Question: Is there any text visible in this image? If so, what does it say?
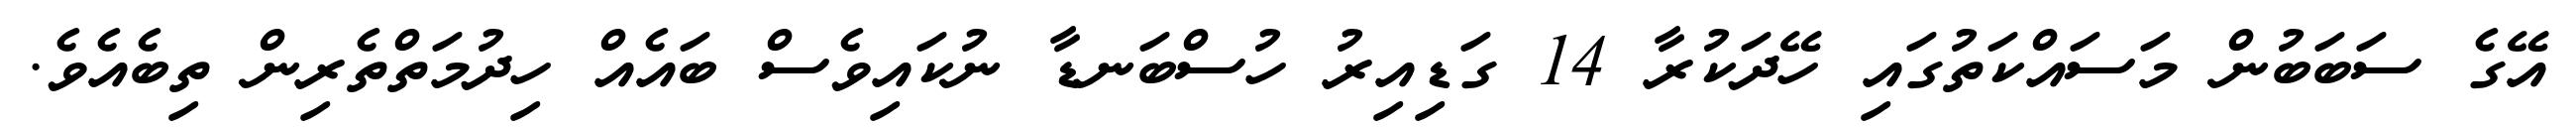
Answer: އޭގެ ސަބަބުން މަސައްކަތުގައި ހޭދަކުރާ 14 ގަޑިއިރު ހުސްބަނޑާ ނުކައިވެސް ބައެއް ހިދުމަތްތެރިން ތިބެއެވެ.